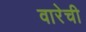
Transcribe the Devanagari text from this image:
वारेची